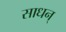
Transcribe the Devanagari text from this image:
साधन्